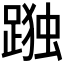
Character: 𮛹